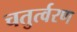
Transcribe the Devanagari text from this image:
चतुर्त्वरण